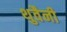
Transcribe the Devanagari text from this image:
थुवैनी